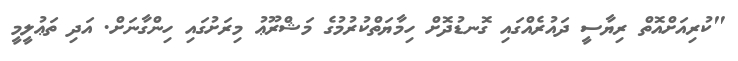
"ކުރިއަށްއޮތް ރިޔާސީ ދައުރެއްގައި ގޮނޑުދޮށް ހިމާޔަތްކުރުމުގެ މަޝްރޫޢު މިރަށުގައި ހިންގާނަށް. އަދި ތަޢުލީމީ